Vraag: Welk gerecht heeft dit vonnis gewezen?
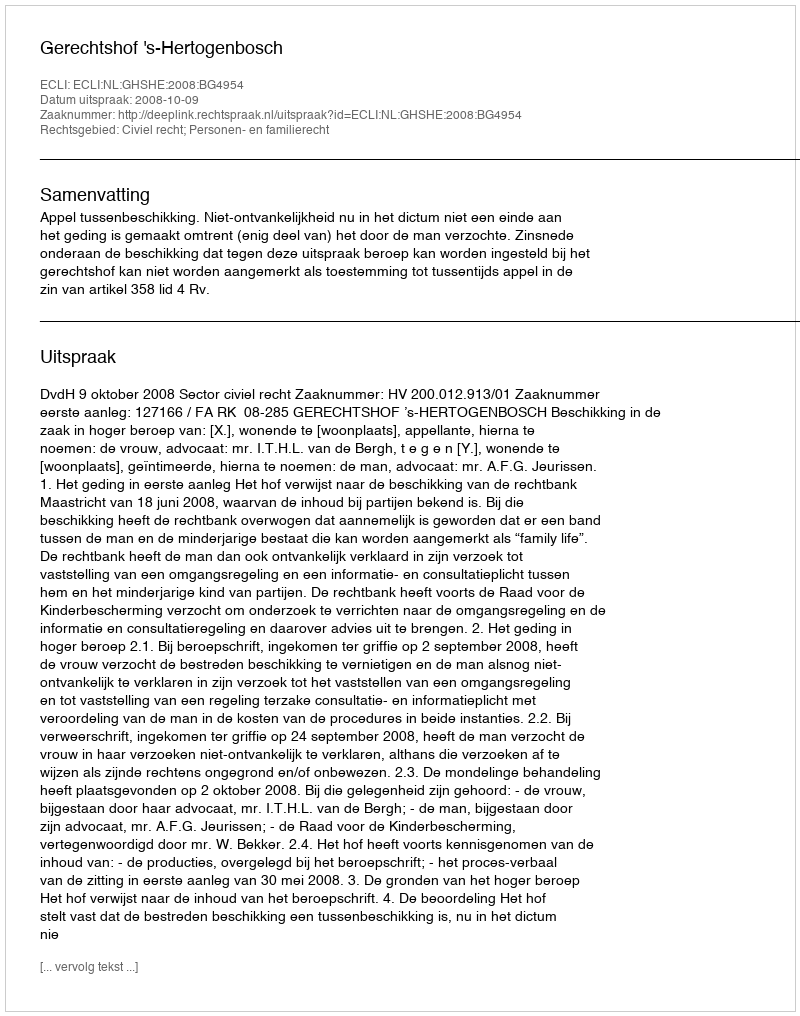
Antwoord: Gerechtshof 's-Hertogenbosch